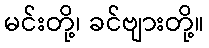
မင်းတို့၊ ခင်ဗျားတို့။